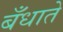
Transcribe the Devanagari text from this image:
बँधाते